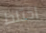
اختلط